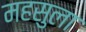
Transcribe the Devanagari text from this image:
महसुला